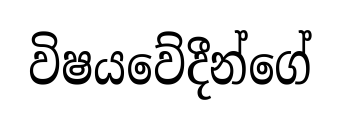
විෂයවේදීන්ගේ